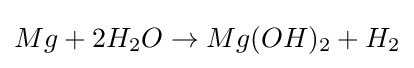
Mg+2H_{2}O\to Mg(OH)_{2}+H_{2}